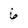
Character: 6